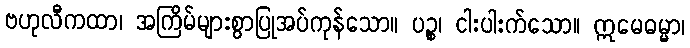
ဗဟုလီကထာ၊ အကြိမ်များစွာပြုအပ်ကုန်သော။ ပဉ္စ၊ ငါးပါးက်သော။ ဣမေဓမ္မာ၊